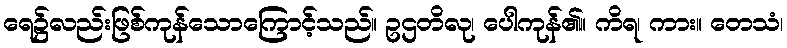
ရေ၌လည်းဖြစ်ကုန်သောကြောင့်သည်။ ဥဌတိလု၊ ပေါကုန်၏။ ကိရ၊ ကား။ တေသံ၊